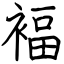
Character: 褔